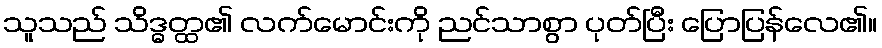
သူသည် သိဒ္ဓတ္ထ၏ လက်မောင်းကို ညင်သာစွာ ပုတ်ပြီး ပြောပြန်လေ၏။